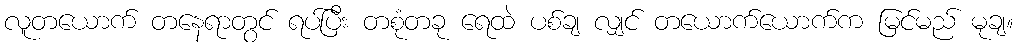
လူတယောက် တနေရာတွင် ရပ်ပြီး တစုံတခု ရေထဲ ပစ်ချ လျှင် တယောက်ယောက်က မြင်မည် မုချ။